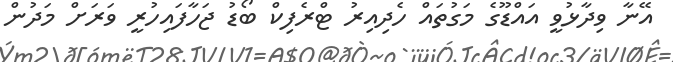
އޭނާ ވިދާޅުވީ އައްޑޫގެ މަގުތައް ހެދިއިރު ޓްރެފިކް ބޯޑު ޖަހާފައިހުރީ ވަރަށް މަދުން